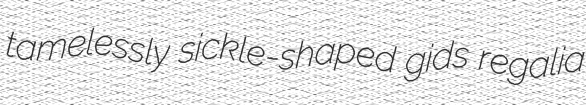
tamelessly sickle-shaped gids regalia